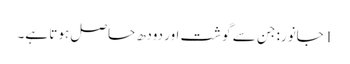
1جانور: جن سے گوشت اور دودھ حاصل ہوتا ہے۔